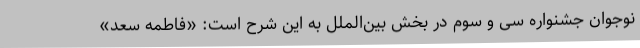
نوجوان جشنواره سی و سوم در بخش بین‌الملل به این شرح است: «فاطمه سعد»